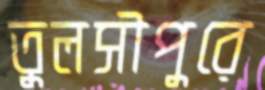
তুলসীপুরে